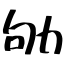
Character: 劬